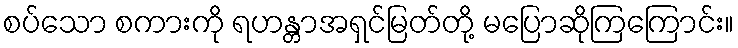
စပ်သော စကားကို ရဟန္တာအရှင်မြတ်တို့ မပြောဆိုကြကြောင်း။